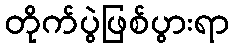
တိုက်ပွဲဖြစ်ပွားရာ